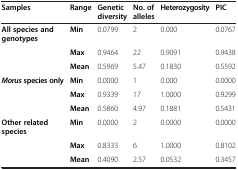
<table><thead><tr><td><b>Samples</b></td><td><b>Range</b></td><td><b>Genetic diversity</b></td><td><b>No. of alleles</b></td><td><b>Heterozygosity</b></td><td><b>PIC</b></td></tr></thead><tbody><tr><td><b>All species and genotypes</b></td><td><b>Min</b></td><td>0.0799</td><td>2</td><td>0.000</td><td>0.0767</td></tr><tr><td> </td><td><b>Max</b></td><td>0.9464</td><td>22</td><td>0.9091</td><td>0.9438</td></tr><tr><td> </td><td><b>Mean</b></td><td>0.5969</td><td>5.47</td><td>0.1830</td><td>0.5592</td></tr><tr><td><b><i>Morus </i></b><b>species only</b></td><td><b>Min</b></td><td>0.0000</td><td>1</td><td>0.000</td><td>0.0000</td></tr><tr><td> </td><td><b>Max</b></td><td>0.9339</td><td>17</td><td>1.0000</td><td>0.9299</td></tr><tr><td> </td><td><b>Mean</b></td><td>0.5860</td><td>4.97</td><td>0.1881</td><td>0.5431</td></tr><tr><td><b>Other related species</b></td><td><b>Min</b></td><td>0.0000</td><td>2</td><td>0.0000</td><td>0.0000</td></tr><tr><td> </td><td><b>Max</b></td><td>0.8333</td><td>6</td><td>1.0000</td><td>0.8102</td></tr><tr><td> </td><td><b>Mean</b></td><td>0.4090</td><td>2.57</td><td>0.0532</td><td>0.3457</td></tr></tbody></table>